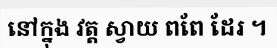
នៅក្នុង វត្ត ស្វាយ ពពែ ដែរ ។